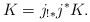
\begin{align*} K=j_{!*}j^*K.\end{align*}